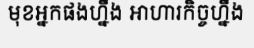
មុខអ្នកផងហ្នឹង អាហារកិច្ចហ្នឹង